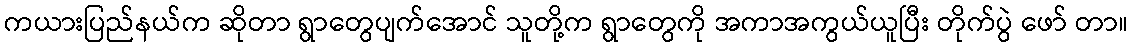
ကယားပြည်နယ်က ဆိုတာ ရွာတွေပျက်အောင် သူတို့က ရွာတွေကို အကာအကွယ်ယူပြီး တိုက်ပွဲ ဖော် တာ။